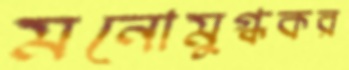
মনোমুগ্ধকর